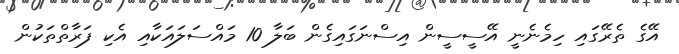
އޭގެ ތެރޭގައި ހިމެނެނީ އޭސީސީން އިސްނަގައިގެން ބަލާ 10 މައްސަލައަކާއި އެކި ފަރާތްތަކުން